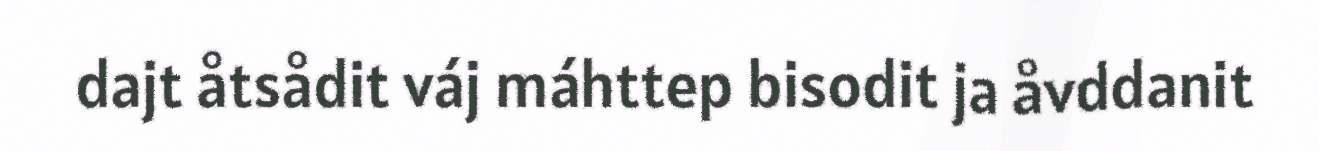
dajt åtsådit váj máhttep bisodit ja åvddanit